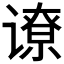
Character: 𬤟